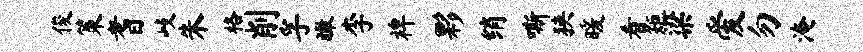
俊策耆歧朱格削孚瞰李裨夥绡嘶狭暖看矩梁爱勿淹